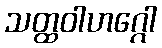
သတ္ထဝါဟဂ္ဂေါ